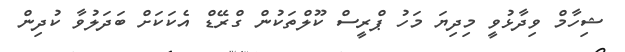
ޝިހާމް ވިދާޅުވީ މިދިޔަ މަހު ޕްރީސް ކޫލްތަކުން ގްރޭޑް އެކަކަށް ބަދަލުވާ ކުދިން